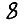
Digit: 8